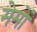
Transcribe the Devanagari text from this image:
मेमों